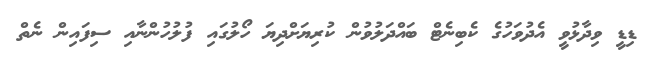
ޑިޑީ ވިދާޅުވީ އެދުވަހުގެ ކެބިނެޓް ބައްދަލުވުން ކުރިޔަށްދިޔަ ހޯލުގައި ފުލުހުންނާއި ސިފައިން ނެތް